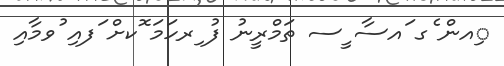
ިއން ެގ ައސާ ީސ ތަމްރީނު ފު ިރހަމަ ޮކށް ަފއި ުވމާއި